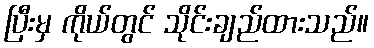
ပြီးမှ ကိုယ်တွင် သိုင်းချည်ထားသည်။